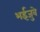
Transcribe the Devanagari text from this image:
भईजुवे